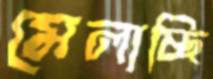
মেলাচ্ছি